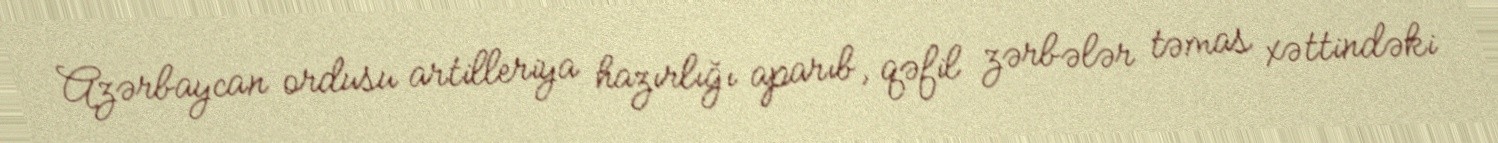
Azərbaycan ordusu artilleriya hazırlığı aparıb, qəfil zərbələr təmas xəttindəki